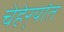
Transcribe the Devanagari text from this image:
चेहेर्‍यांत